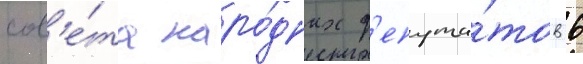
сов'е́та наро́дных д'епута́тов 6